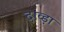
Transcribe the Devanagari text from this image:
दाव्ड़ा